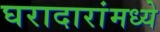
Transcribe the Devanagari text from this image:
घरादारांमध्ये